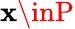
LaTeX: \mathbf{x}\inP